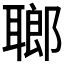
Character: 𦗏